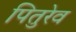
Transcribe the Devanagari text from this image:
पितुरेव